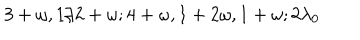
LaTeX: 3 + \omega , 1 / 2 + \omega ; 4 + \omega , 1 + 2 \omega , 1 + \omega ; 2 \lambda _ { 0 }